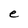
Character: e